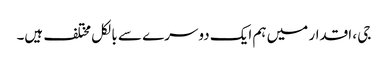
جی ، اقدار میں ہم ایک دوسرے سے بالکل مختلف ہیں۔